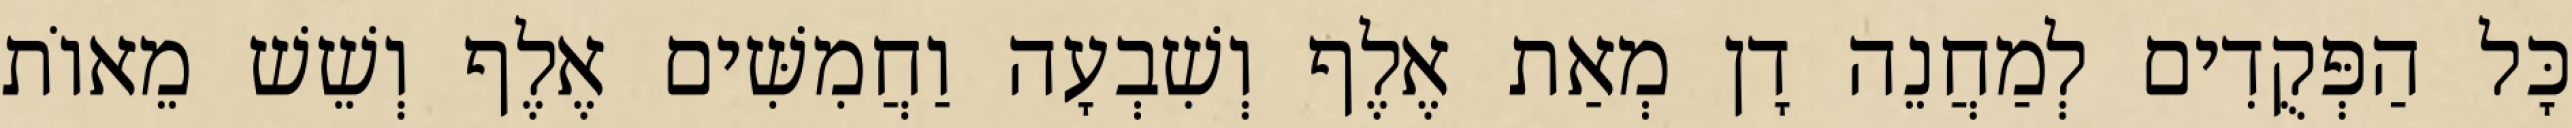
כָּל הַפְּקֻדִים לְמַחֲנֵה דָן מְאַת אֶלֶף וְשִׁבְעָה וַחֲמִשִּׁים אֶלֶף וְשֵׁשׁ מֵאוֹת